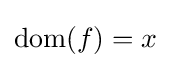
{\hbox{dom}}(f)=x